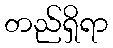
တည်ရှိရာ